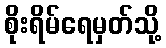
စိုးရိမ်ရေမှတ်သို့